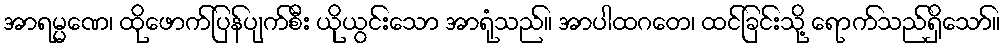
အာရမ္မဏေ၊ ထိုဖောက်ပြန်ပျက်စီး ယိုယွင်းသော အာရုံသည်။ အာပါထဂတေ၊ ထင်ခြင်းသို့ ရောက်သည်ရှိသော်။